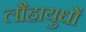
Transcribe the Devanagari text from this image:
लौहायुधों